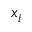
x _ { i }